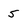
Character: 5